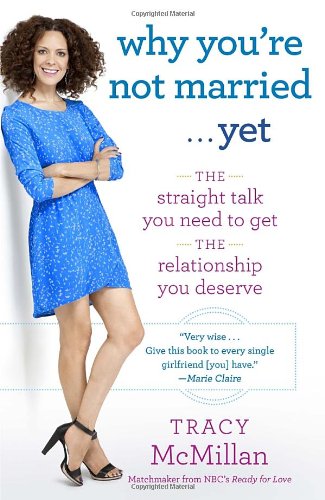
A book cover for Why You're Not Married . . . Yet: The Straight Talk You Need to Get the Relationship You Deserve; Tracy McMillan; Humor & Entertainment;